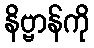
နိဗ္ဗာန်ကို